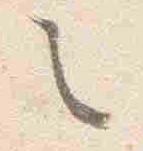
之